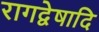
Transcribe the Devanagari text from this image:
रागद्वेषादि